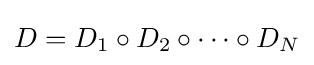
D=D_{1}\circ D_{2}\circ \cdots \circ D_{N}